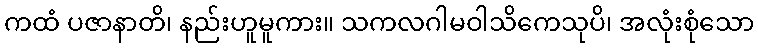
ကထံ ပဇာနာတိ၊ နည်းဟူမူကား။ သကလဂါမဝါသိကေသုပိ၊ အလုံးစုံသော